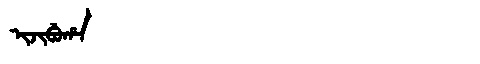
Manchu: ᡳᠵᡳᠪᡠᡥᠠ
Romanization: IJIBUHA